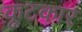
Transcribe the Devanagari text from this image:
कूटकार